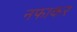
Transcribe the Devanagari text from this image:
नफाकर